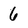
Character: 6